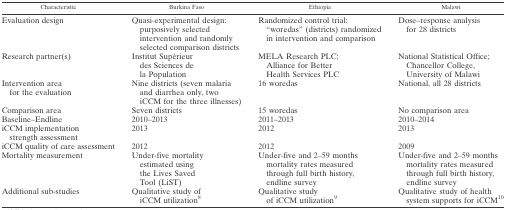
| Characteristic | Burkina Faso | Ethiopia | Malawi |
 | --- | --- | --- | --- |
 | Evaluation design | Quasi-experimental design: purposively selected intervention and randomly selected comparison districts | Randomized control trial: “woredas” (districts) randomized in intervention and comparison | Dose–response analysis for 28 districts |
 | Research partner(s) | Institut Supérieur des Sciences de la Population | MELA Research PLC; Alliance for Better Health Services PLC | National Statistical Office; Chancellor College, University of Malawi |
 | Intervention area for the evaluation | Nine districts (seven malaria and diarrhea only, two iCCM for the three illnesses) | 16 woredas | National, all 28 districts |
 | Comparison area | Seven districts | 15 woredas | No comparison area |
 | Baseline–Endline | 2010–2013 | 2011–2013 | 2010–2014 |
 | iCCM implementation strength assessment | 2013 | 2012 | 2013 |
 | iCCM quality of care assessment | 2012 | 2012 | 2009 |
 | Mortality measurement | Under-five mortality estimated using the Lives Saved Tool (LiST) | Under-five and 2–59 months mortality rates measured through full birth history, endline survey | Under-five and 2–59 months mortality rates measured through full birth history, endline survey |
 | Additional sub-studies | Qualitative study of iCCM utilization8 | Qualitative study of iCCM utilization9 | Qualitative study of health system supports for iCCM10 |